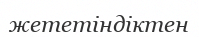
жететіндіктен